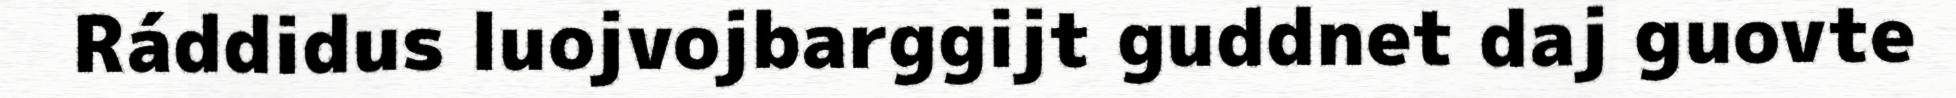
Ráddidus luojvojbarggijt guddnet daj guovte